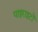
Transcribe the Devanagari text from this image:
पाइराइटों